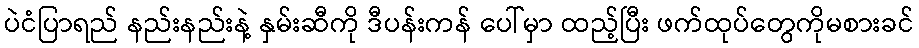
ပဲငံပြာရည် နည်းနည်းနဲ့ နှမ်းဆီကို ဒီပန်းကန် ပေါ်မှာ ထည့်ပြီး ဖက်ထုပ်တွေကိုမစားခင်